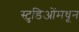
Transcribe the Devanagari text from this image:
स्टुडिओंमधून